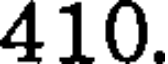
410.